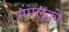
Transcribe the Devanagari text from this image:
ममलूकों